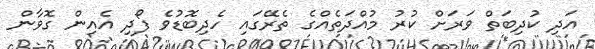
އަދި ކުދިބަތް ވަރަށް ކުރު މުއްދަތެއްގެ ތެރޭގައި ހެދިބޮޑުވެ ފޯދި އެއިން ގޮވާން